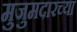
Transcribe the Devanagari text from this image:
मुजुमदारच्या